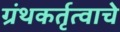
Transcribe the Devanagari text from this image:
ग्रंथकर्तृत्वाचे